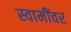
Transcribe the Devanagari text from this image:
स्वामींवर